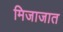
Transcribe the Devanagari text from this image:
मिजाजात